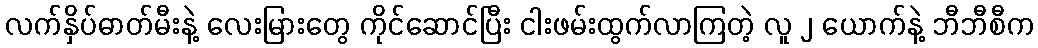
လက်နှိပ်ဓာတ်မီးနဲ့ လေးမြားတွေ ကိုင်ဆောင်ပြီး ငါးဖမ်းထွက်လာကြတဲ့ လူ ၂ ယောက်နဲ့ ဘီဘီစီက